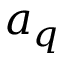
a _ { q }